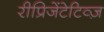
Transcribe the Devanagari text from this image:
रीप्रिजेंटेटिव्ज़